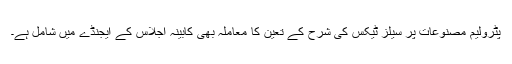
پٹرولیم مصنوعات پر سیلز ٹیکس کی شرح کے تعین کا معاملہ بھی کابینہ اجلاس کے ایجنڈے میں شامل ہے۔